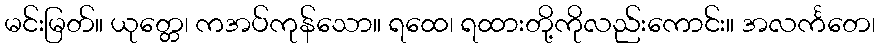
မင်းမြတ်။ ယုတ္တေ၊ ကအပ်ကုန်သော။ ရထေ၊ ရထားတို့ကိုလည်းကောင်း။ အလင်္ကတေ၊